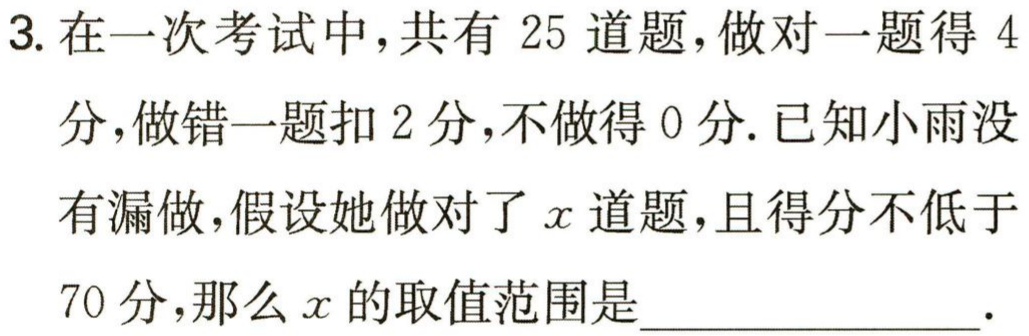
3. 在一次考试中，共有 25 道题，做对一题得 4分，做错一题扣 2 分，不做得 0 分. 已知小雨没有漏做，假设她做对了\(x\)道题，且得分不低于70 分，那么\(x\)的取值范围是_________________.